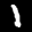
Label: 1